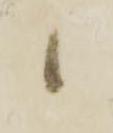
候